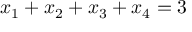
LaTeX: x _ { 1 } + x _ { 2 } + x _ { 3 } + x _ { 4 } = 3